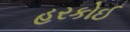
હરકોઈ